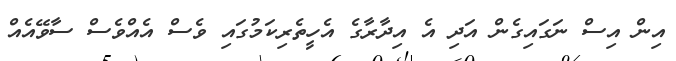
އިން އިސް ނަގައިގެން އަދި އެ އިދާރާގެ އެހީތެރިކަމުގައި ވެސް އެއްވެސް ސާވޭއެއް